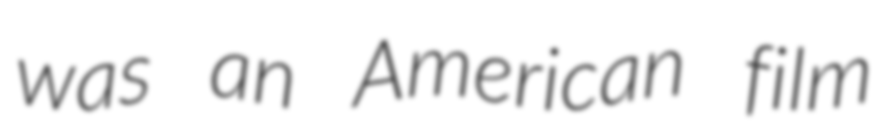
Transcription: was an American film